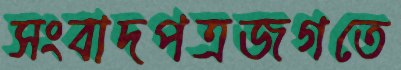
সংবাদপত্রজগতে